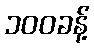
၁၀၀ခန့်